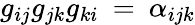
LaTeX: g_{ij}g_{jk}g_{ki}\: =\: \alpha_{ijk}